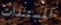
المستندات